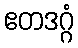
ဧတဒဂ္ဂံ